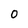
Character: O